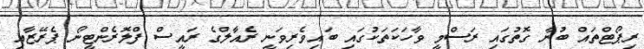
ރިޕޯޓްތައް ބުނާ ގޮތުގައި ރަސްމީ ވާހަކަތަކުގައި ބައިވެރިވަނީ ރެއާލްގެ ރައީސް ފްލޮރެންޓީނޯ ޕެރޭޒާއި